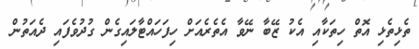
ތެޅިތެޅި އޮތް ހިތަކާއި އެކު ޒޭބާ ނޭވާ އެތެރެއަށް ހިފަހައްޓާލައިގެން ގުދުވެފައި ދެއަތުން